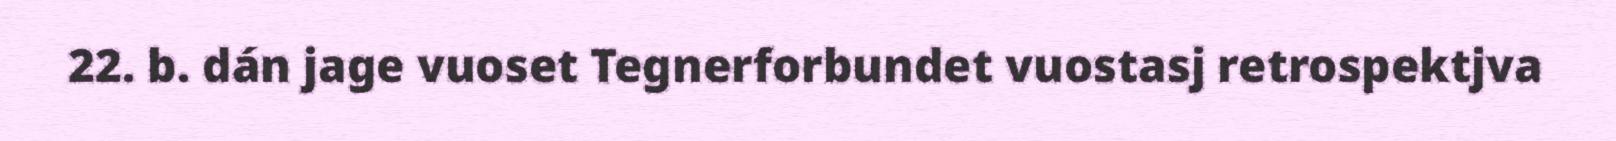
22. b. dán jage vuoset Tegnerforbundet vuostasj retrospektjva